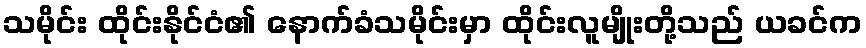
သမိုင်း ထိုင်းနိုင်ငံ၏ နောက်ခံသမိုင်းမှာ ထိုင်းလူမျိုးတို့သည် ယခင်က